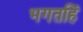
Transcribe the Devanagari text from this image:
भगतहिं